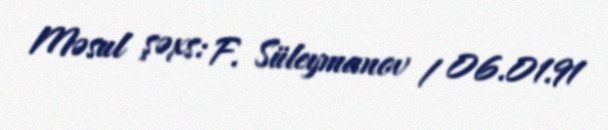
Məsul şəxs: F. Süleymanov / 06.01.91